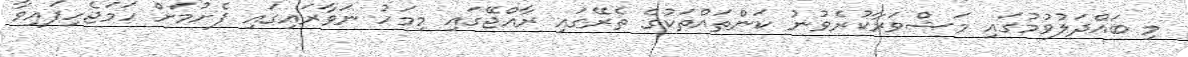
މި ބައްދަލުވުމުގައި މަޝްވަރާކުރެވުނު ކަންތައްތަކުގެ ތެރޭގައި ރާއްޖޭގައި މިމަހު ނަވާރައިގައި ފެށުމަށް ހަމަޖެހިފައިވާ